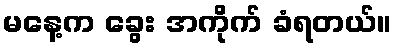
မနေ့က ခွေး အကိုက် ခံရတယ်။